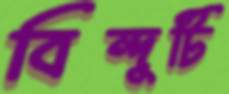
বিন্দুটি